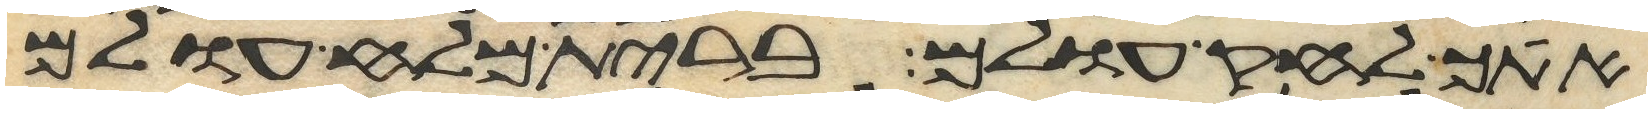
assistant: אתך לחק עולם ברית מלח עולם